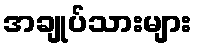
အချုပ်သားများ